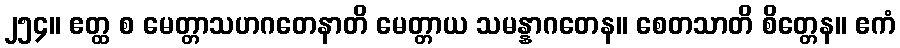
၂၅၄။ ဧတ္ထ စ မေတ္တာသဟဂတေနာတိ မေတ္တာယ သမန္နာဂတေန။ စေတသာတိ စိတ္တေန။ ဧကံ